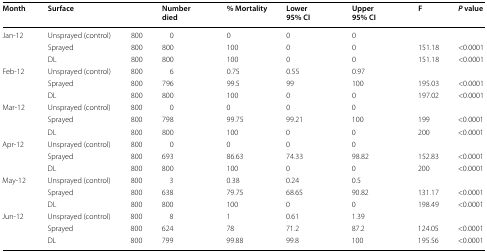
<table><thead><tr><td><b>Month</b></td><td><b>Surface</b></td><td></td><td><b>Number died</b></td><td><b>% Mortality</b></td><td><b>Lower 95% CI</b></td><td><b>Upper 95% CI</b></td><td><b>F</b></td><td><b><i>P</i> value</b></td></tr></thead><tbody><tr><td rowspan="3">Jan-12</td><td>Unsprayed (control)</td><td>800</td><td>0</td><td>0</td><td>0</td><td>0</td><td></td><td></td></tr><tr><td>Sprayed</td><td>800</td><td>800</td><td>100</td><td>0</td><td>0</td><td>151.18</td><td>&lt;0.0001</td></tr><tr><td>DL</td><td>800</td><td>800</td><td>100</td><td>0</td><td>0</td><td>151.18</td><td>&lt;0.0001</td></tr><tr><td rowspan="3">Feb-12</td><td>Unsprayed (control)</td><td>800</td><td>6</td><td>0.75</td><td>0.55</td><td>0.97</td><td></td><td></td></tr><tr><td>Sprayed</td><td>800</td><td>796</td><td>99.5</td><td>99</td><td>100</td><td>195.03</td><td>&lt;0.0001</td></tr><tr><td>DL</td><td>800</td><td>800</td><td>100</td><td>0</td><td>0</td><td>197.02</td><td>&lt;0.0001</td></tr><tr><td rowspan="3">Mar-12</td><td>Unsprayed (control)</td><td>800</td><td>0</td><td>0</td><td>0</td><td>0</td><td></td><td></td></tr><tr><td>Sprayed</td><td>800</td><td>798</td><td>99.75</td><td>99.21</td><td>100</td><td>199</td><td>&lt;0.0001</td></tr><tr><td>DL</td><td>800</td><td>800</td><td>100</td><td>0</td><td>0</td><td>200</td><td>&lt;0.0001</td></tr><tr><td rowspan="3">Apr-12</td><td>Unsprayed (control)</td><td>800</td><td>0</td><td>0</td><td>0</td><td>0</td><td></td><td></td></tr><tr><td>Sprayed</td><td>800</td><td>693</td><td>86.63</td><td>74.33</td><td>98.82</td><td>152.83</td><td>&lt;0.0001</td></tr><tr><td>DL</td><td>800</td><td>800</td><td>100</td><td>0</td><td>0</td><td>200</td><td>&lt;0.0001</td></tr><tr><td rowspan="3">May-12</td><td>Unsprayed (control)</td><td>800</td><td>3</td><td>0.38</td><td>0.24</td><td>0.5</td><td></td><td></td></tr><tr><td>Sprayed</td><td>800</td><td>638</td><td>79.75</td><td>68.65</td><td>90.82</td><td>131.17</td><td>&lt;0.0001</td></tr><tr><td>DL</td><td>800</td><td>800</td><td>100</td><td>0</td><td>0</td><td>198.49</td><td>&lt;0.0001</td></tr><tr><td rowspan="3">Jun-12</td><td>Unsprayed (control)</td><td>800</td><td>8</td><td>1</td><td>0.61</td><td>1.39</td><td></td><td></td></tr><tr><td>Sprayed</td><td>800</td><td>624</td><td>78</td><td>71.2</td><td>87.2</td><td>124.05</td><td>&lt;0.0001</td></tr><tr><td>DL</td><td>800</td><td>799</td><td>99.88</td><td>99.8</td><td>100</td><td>195.56</td><td>&lt;0.0001</td></tr></tbody></table>